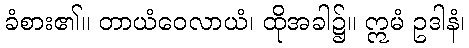
ခံစား၏။ တာယံဝေလာယံ၊ ထိုအခါ၌။ ဣမံ ဥဒါနံ၊